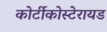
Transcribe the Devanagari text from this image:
कोर्टीकोस्टेरायड